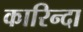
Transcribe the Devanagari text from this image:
कारिन्दा